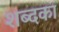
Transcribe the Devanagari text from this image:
शब्दका